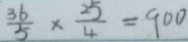
\frac { 3 6 } { 5 } \times \frac { 2 5 } { 4 } = 9 0 0